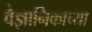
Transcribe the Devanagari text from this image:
वैज्ञानिकाच्या